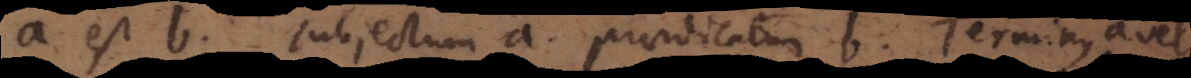
tollendam. Subjectum a. Praedicatum b. Terminus a vel